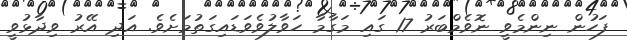
ފަހުން ނިންމެވީ ނޮވެމްބަރު 17 ގައި މަގާމާ ހަވާލުވެވަޑައިގަތުމަށެވެ. އަދި އޭރު ވިދާޅުވީ